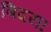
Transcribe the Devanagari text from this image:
बिदया